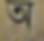
অ